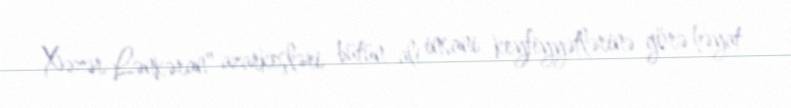
Xəzər Lənkəran" azarkeşləri bütün ali insani keyfiyyətlərinə görə həyat